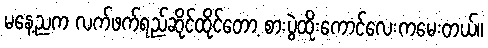
မနေ့ညက လက်ဖက်ရည်ဆိုင်ထိုင်တော့ စားပွဲထိုးကောင်လေးကမေးတယ်။